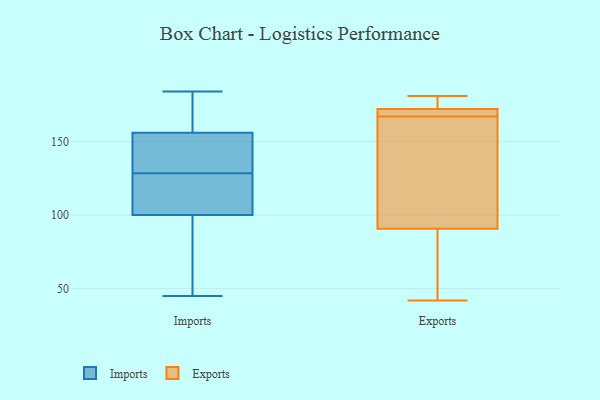
{"axis": {"x": "Population (Million)", "y": "Value"}, "legend": ["Exports", "Imports"], "data": [{"x": "", "y": 45, "type": "Imports"}, {"x": "", "y": 116, "type": "Imports"}, {"x": "", "y": 100, "type": "Imports"}, {"x": "", "y": 72, "type": "Imports"}, {"x": "", "y": 184, "type": "Imports"}, {"x": "", "y": 69, "type": "Imports"}, {"x": "", "y": 155, "type": "Imports"}, {"x": "", "y": 169, "type": "Imports"}, {"x": "", "y": 144, "type": "Imports"}, {"x": "", "y": 127, "type": "Imports"}, {"x": "", "y": 122, "type": "Imports"}, {"x": "", "y": 130, "type": "Imports"}, {"x": "", "y": 156, "type": "Imports"}, {"x": "", "y": 170, "type": "Imports"}, {"x": "", "y": 181, "type": "Exports"}, {"x": "", "y": 167, "type": "Exports"}, {"x": "", "y": 129, "type": "Exports"}, {"x": "", "y": 170, "type": "Exports"}, {"x": "", "y": 168, "type": "Exports"}, {"x": "", "y": 42, "type": "Exports"}, {"x": "", "y": 78, "type": "Exports"}, {"x": "", "y": 178, "type": "Exports"}, {"x": "", "y": 173, "type": "Exports"}, {"x": "", "y": 43, "type": "Exports"}, {"x": "", "y": 152, "type": "Exports"}]}